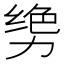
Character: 𫦳